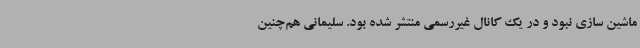
ماشین سازی نبود و در یک کانال غیررسمی منتشر شده بود. سلیمانی هم‌چنین